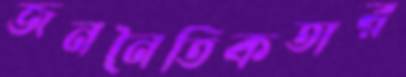
জননৈতিকতার